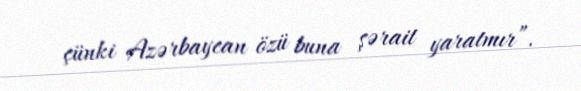
çünki Azərbaycan özü buna şərait yaratmır”.